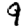
Digit: 9